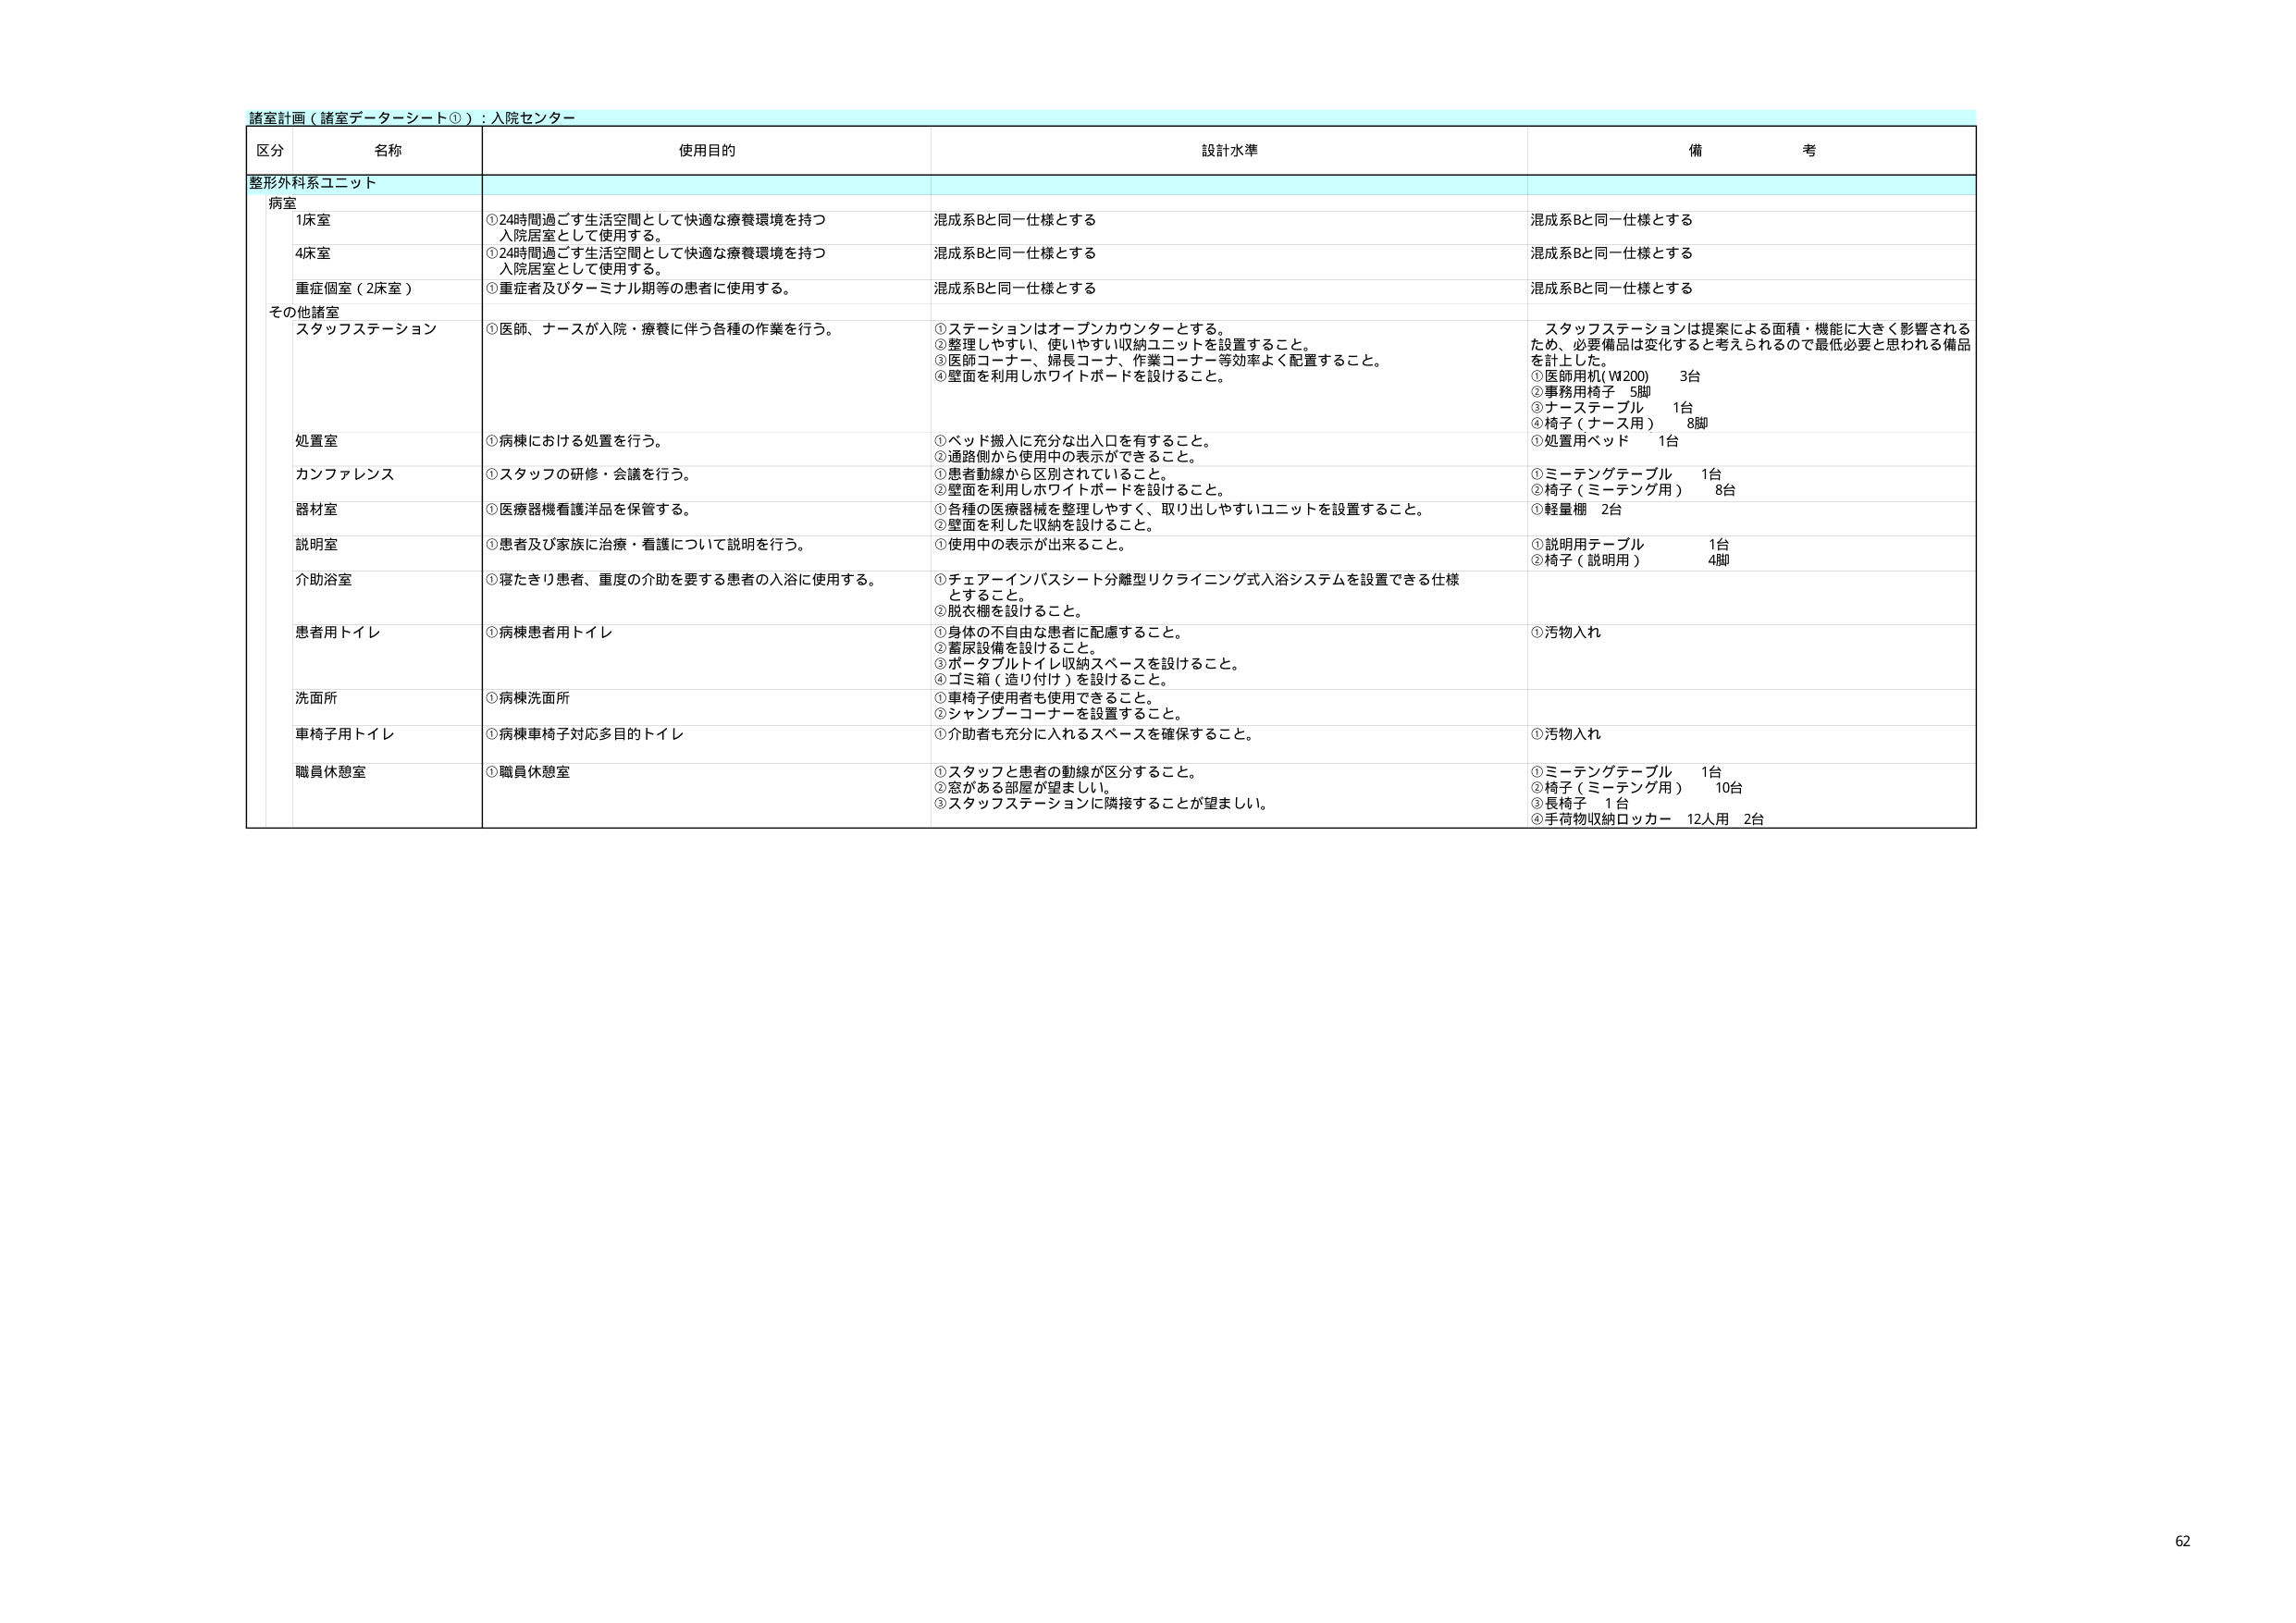
諸室計画（諸室データシート①）：入院センター

区分 名称 使用目的 設計水準 備考

整形外科系ユニット

病室
1床室 ①24時間過ごす生活空間として快適な療養環境を持つ
入院居室として使用する。 混成系Bと同一仕様とする 混成系Bと同一仕様とする

4床室 ①24時間過ごす生活空間として快適な療養環境を持つ
入院居室として使用する。 混成系Bと同一仕様とする 混成系Bと同一仕様とする

重症個室（2床室） ①重症者及びターミナル期等の患者に使用する。 混成系Bと同一仕様とする 混成系Bと同一仕様とする

その他諸室
スタッフステーション ①医師、ナースが入院・療養に伴う各種の作業を行う。 ①ステーションはオープンカウンターとする。
②整理しやすい、使いやすい収納ユニットを設置すること。
③医師コーナー、婦長コーナー、作業コーナー等効率よく配置すること。
④壁面を利用しホワイトボードを設けること。 スタッフステーションは提案による面積・機能に大きく影響される
ため、必要備品は変化すると考えられるので最低必要と思われる備品
を計上した。
①医師用机（W200） 3台
②事務用椅子 5脚
③ナーステーブル 1台
④椅子（ナース用） 8脚

処置室 ①病棟における処置を行う。 ①ベッド搬入に充分な出入口を有すること。
②通路側から使用中の表示ができること。 ①処置用ベッド 1台

カンファレンス ①スタッフの研修・会議を行う。 ①患者動線から区別されていること。
②壁面を利用しホワイトボードを設けること。 ①ミーテングテーブル 1台
②椅子（ミーテング用） 8台

器材室 ①医療器械看護洋品を保管する。 ①各種の医療器械を整理しやすく、取り出しやすいユニットを設置すること。
②壁面を利用した収納を設けること。 ①軽量棚 2台

説明室 ①患者及び家族に治療・看護について説明を行う。 ①使用中の表示が出来ること。 ①説明用テーブル 1台
②椅子（説明用） 4脚

介助浴室 ①寝たきり患者、重度の介助を要する患者の入浴に使用する。 ①チェアーインバスシート分離型リクライニング式入浴システムを設置できる仕様
とすること。
②脱衣棚を設けること。

患者用トイレ ①病棟患者用トイレ ①身体の不自由な患者に配慮すること。
②着尿設備を設けること。
③ポータブルトイレ収納スペースを設けること。
④ゴミ箱（造り付け）を設けること。 ①汚物入れ

洗面所 ①病棟洗面所 ①車椅子使用者も使用できること。
②シャンプーコーナーを設置すること。

車椅子用トイレ ①病棟車椅子対応多目的トイレ ①介助者も充分に入れるスペースを確保すること。 ①汚物入れ

職員休憩室 ①職員休憩室 ①スタッフと患者の動線が区分すること。
②窓がある部屋が望ましい。
③スタッフステーションに隣接することが望ましい。 ①ミーテングテーブル 1台
②椅子（ミーテング用） 10台
③長椅子 1台
④手荷物収納ロッカー 12人用 2台

62